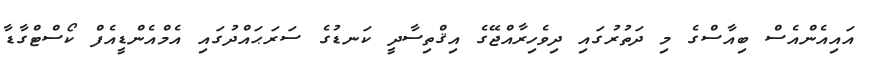
އައިއެންއެސް ބިއާސްގެ މި ދަތުރުގައި ދިވެހިރާއްޖޭގެ އިޤްތިސާދީ ކަނޑުުގެ ސަރަޙައްދުގައި އެމްއެންޑީއެފް ކޯސްޓްގާޑާ